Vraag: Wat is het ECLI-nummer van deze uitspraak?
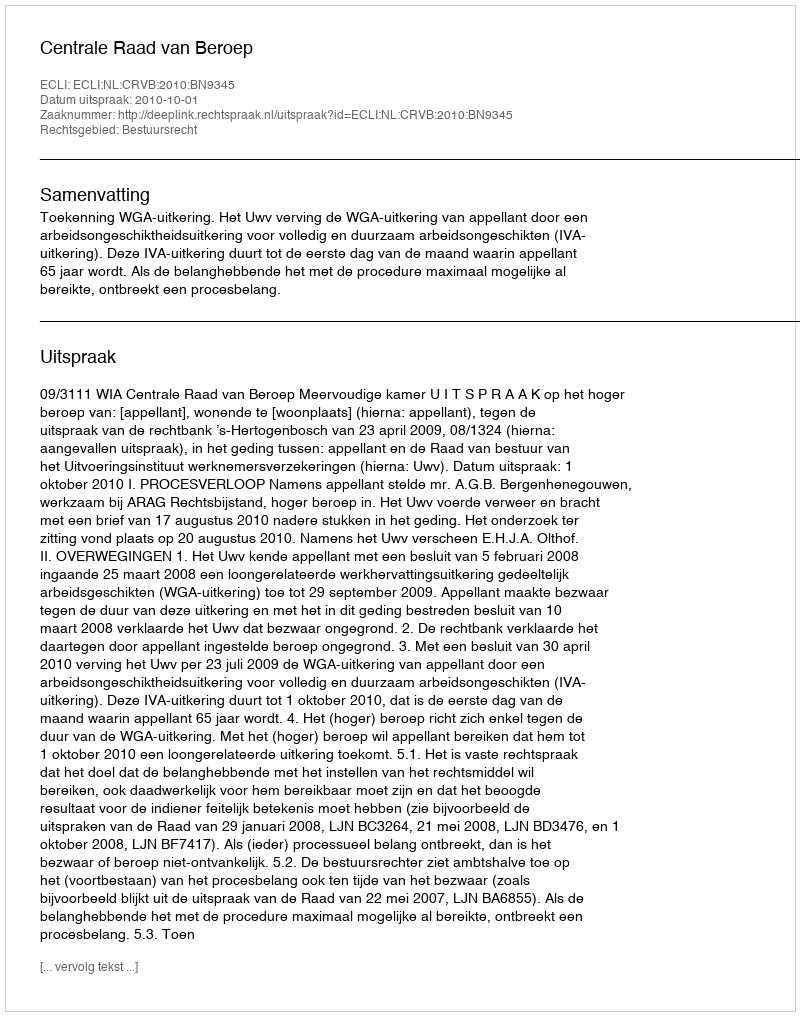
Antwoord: ECLI:NL:CRVB:2010:BN9345